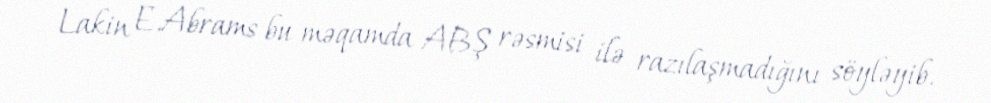
Lakin E.Abrams bu məqamda ABŞ rəsmisi ilə razılaşmadığını söyləyib.